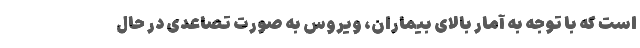
است که با توجه به آمار بالای بیماران، ویروس به صورت تصاعدی در حال